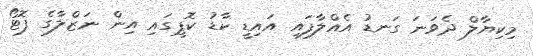
މިކިޔާލް ދެވަނަ ގަނޑު އެއްލާފައި އައިޑީ ކާޑު ކޮޕީގައި އިން ނަޒްލާގެ ފޮޓޯ